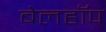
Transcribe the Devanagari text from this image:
बेलहॉप